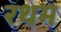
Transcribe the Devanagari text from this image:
रथम